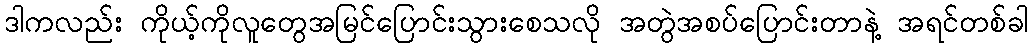
ဒါကလည်း ကိုယ့်ကိုလူတွေအမြင်ပြောင်းသွားစေသလို အတွဲအစပ်ပြောင်းတာနဲ့ အရင်တစ်ခါ